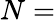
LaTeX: N=